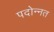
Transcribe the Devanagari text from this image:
पदोन्‍नत